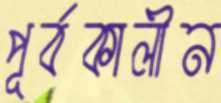
পূর্বকালীন